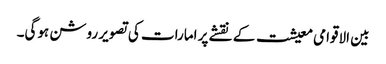
بین الاقوامی معیشت کے نقشے پر امارات کی تصویر روشن ہوگی۔